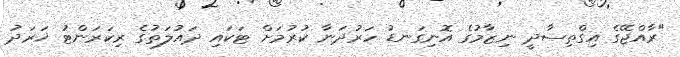
"ރާއްޖޭގެ އިގްތިސާދީ ނިޒާމުގެ އޮނިގަނޑު ހަރުދަނާ ކުރުމަށް ޓަކައި ދައުލަތުގެ ރިކަރަންޓު ޚަރަދު